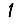
Digit: 1